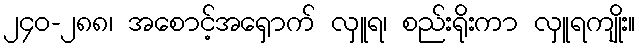
၂၄၀-၂၈၈၊ အစောင့်အရှောက် လှူရ၊ စည်းရိုးကာ လှူရကျိုး။